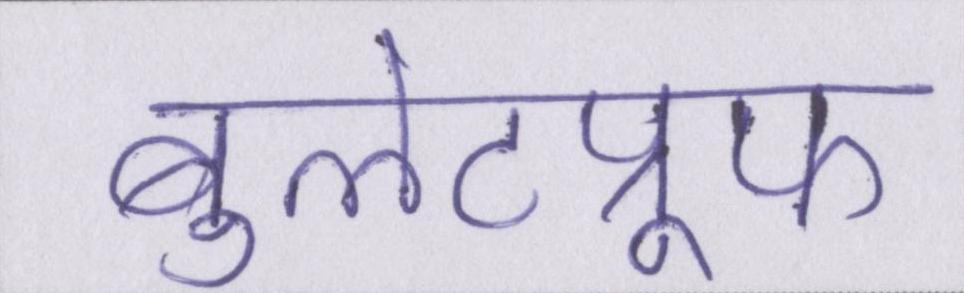
बुलेटप्रूफ